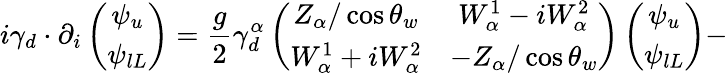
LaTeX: i\gamma_{d}\cdot\partial_{i}\left(\begin{array}{c}{{\psi_{u}}}\\ {{\psi_{lL}}}\end{array}\right)=\frac{g}{2}\gamma_{d}^{\alpha}\left(\begin{array}{cc}{{Z_{\alpha}/\cos\theta_{w}}}&{{W_{\alpha}^{1}-iW_{\alpha}^{2}}}\\ {{W_{\alpha}^{1}+iW_{\alpha}^{2}}}&{{-Z_{\alpha}/\cos\theta_{w}}}\end{array}\right)\left(\begin{array}{c}{{\psi_{u}}}\\ {{\psi_{lL}}}\end{array}\right)-